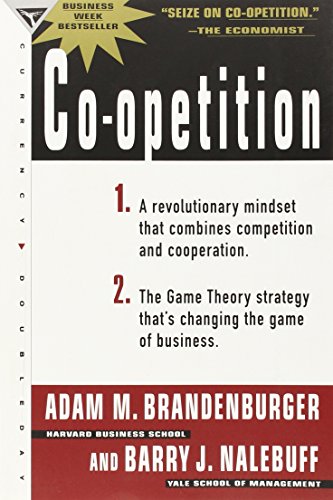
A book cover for Co-Opetition; Adam M. Brandenburger; Business & Money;